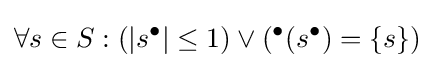
\forall s\in S:(|s^{\bullet }|\leq 1)\vee ({}^{\bullet }(s^{\bullet })=\{s\})